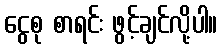
ငွေစု စာရင်း ဖွင့်ချင်လို့ပါ။